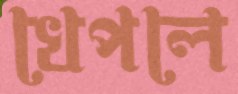
খেপলে